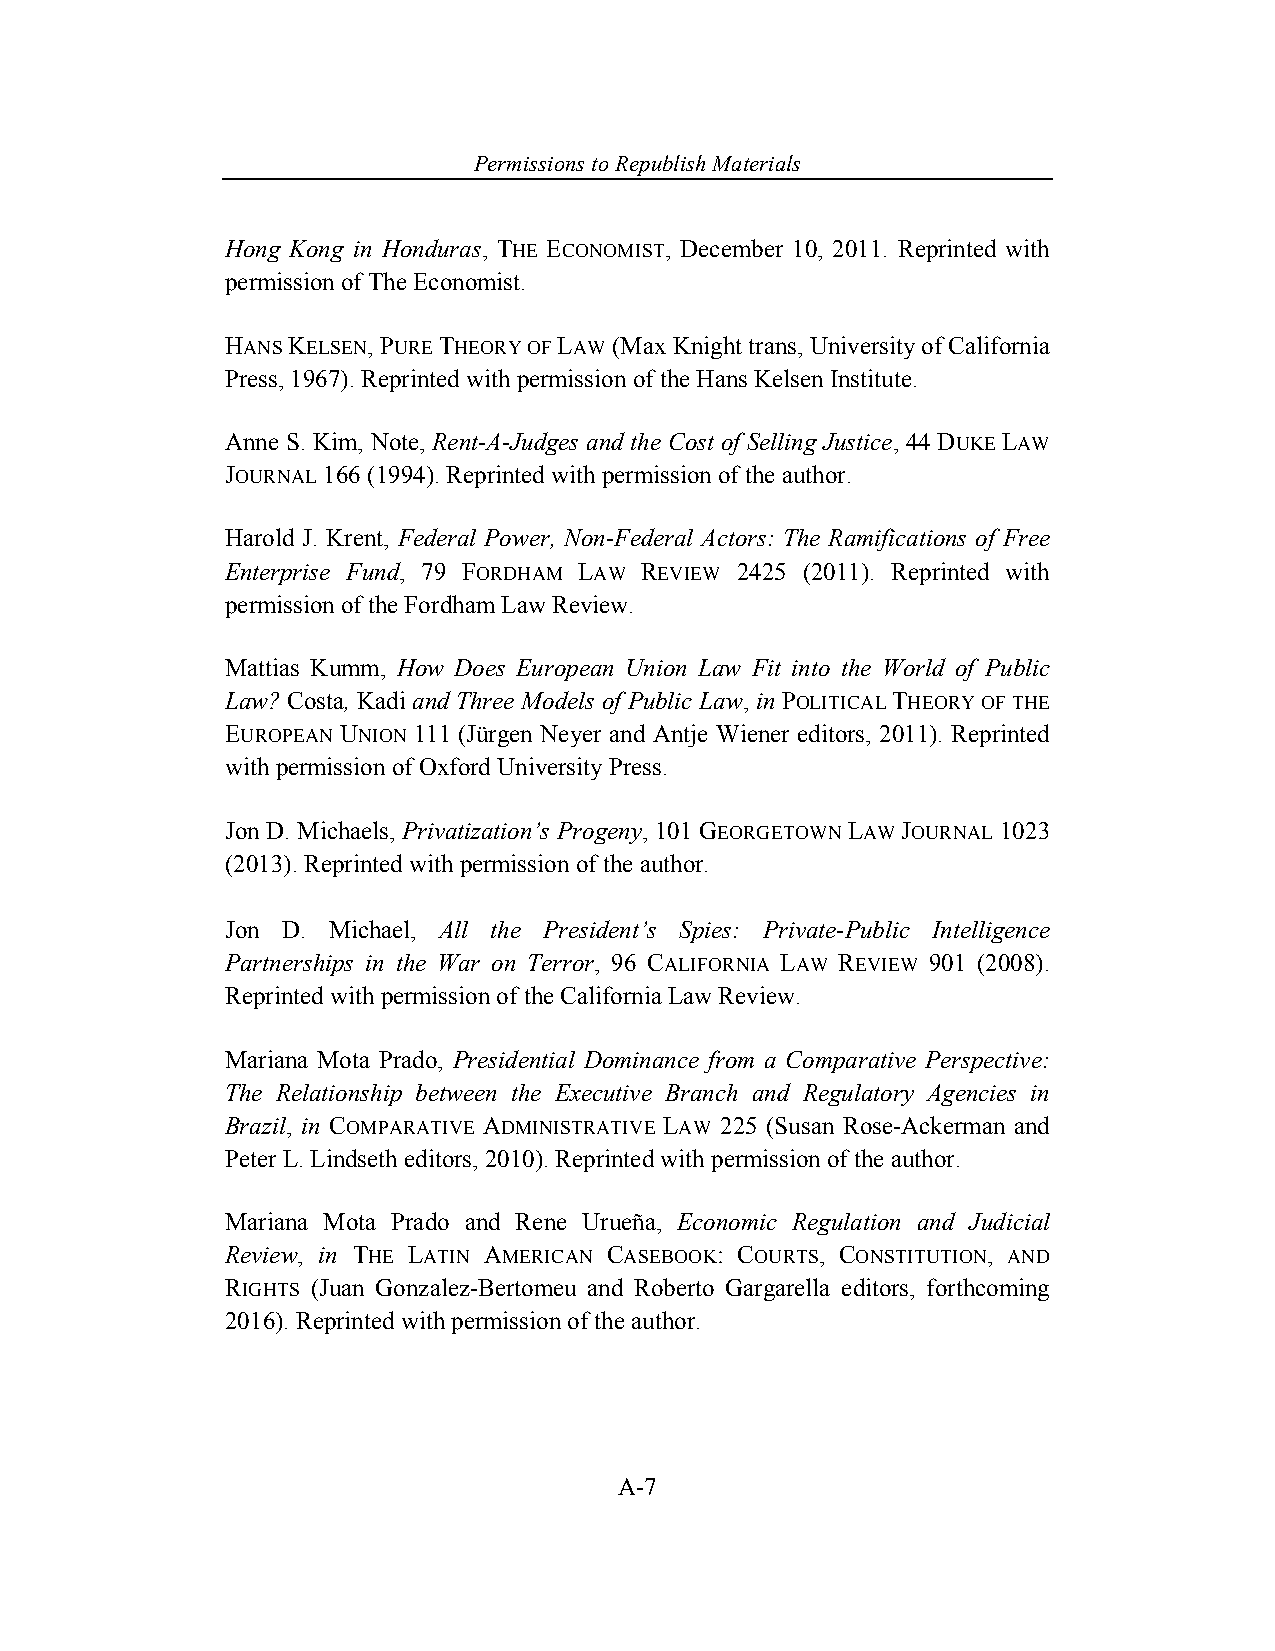
Permissions to Republish Materials
 Hong Kong in Honduras, THE ECONOMIST, December 10, 2011. Reprinted with
 permission of The Economist.
 HANS KELSEN, PURE THEORY OF LAW (Max Knight trans, University of California
 Press, 1967). Reprinted with permission of the Hans Kelsen Institute.
 Anne S. Kim, Note, Rent-A-Judges and the Cost of Selling Justice, 44 DUKE LAW
 JOURNAL 166 (1994). Reprinted with permission of the author.
 Harold J. Krent, Federal Power, Non-Federal Actors: The Ramifications of Free
 Enterprise Fund, 79 FORDHAM LAW REVIEW 2425 (2011). Reprinted with
 permission of the Fordham Law Review.
 Mattias Kumm, How Does European Union Law Fit into the World of Public
 Law? Costa, Kadi and Three Models of Public Law, in POLITICAL THEORY OF THE
 EUROPEAN UNION 111 (Jürgen Neyer and Antje Wiener editors, 2011). Reprinted
 with permission of Oxford University Press.
 Jon D. Michaels, Privatization’s Progeny, 101 GEORGETOWN LAW JOURNAL 1023
 (2013). Reprinted with permission of the author.
 Jon D. Michael, All the President’s Spies: Private-Public Intelligence
 Partnerships in the War on Terror, 96 CALIFORNIA LAW REVIEW 901 (2008).
 Reprinted with permission of the California Law Review.
 Mariana Mota Prado, Presidential Dominance from a Comparative Perspective:
 The Relationship between the Executive Branch and Regulatory Agencies in
 Brazil, in COMPARATIVE ADMINISTRATIVE LAW 225 (Susan Rose-Ackerman and
 Peter L. Lindseth editors, 2010). Reprinted with permission of the author.
 Mariana Mota Prado and Rene Urueña, Economic Regulation and Judicial
 Review, in THE LATIN AMERICAN CASEBOOK: COURTS, CONSTITUTION, AND
 RIGHTS (Juan Gonzalez-Bertomeu and Roberto Gargarella editors, forthcoming
 2016). Reprinted with permission of the author.
 A-7